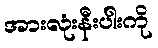
အားလုံးနီးပါးကို